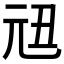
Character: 𠒉